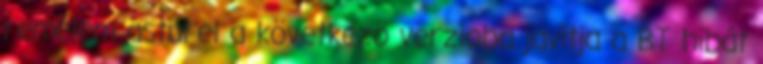
remélem asturel a következö verzioba javitja a BT hibát